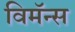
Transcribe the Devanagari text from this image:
विमॅन्स